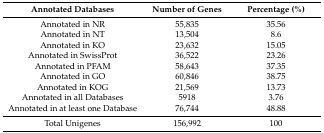
| Annotated Databases | Number of Genes | Percentage (%) |
 | --- | --- | --- |
 | Annotated in NR | 55,835 | 35.56 |
 | Annotated in NT | 13,504 | 8.6 |
 | Annotated in KO | 23,632 | 15.05 |
 | Annotated in SwissProt | 36,522 | 23.26 |
 | Annotated in PFAM | 58,643 | 37.35 |
 | Annotated in GO | 60,846 | 38.75 |
 | Annotated in KOG | 21,569 | 13.73 |
 | Annotated in all Databases | 5918 | 3.76 |
 | Annotated in at least one Database | 76,744 | 48.88 |
 | Total Unigenes | 156,992 | 100 |